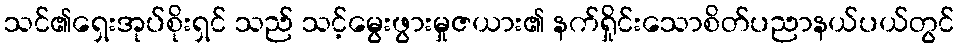
သင်၏ရှေးအုပ်စိုးရှင် သည် သင့်မွေးဖွားမှုဇယား၏ နက်ရှိုင်းသောစိတ်ပညာနယ်ပယ်တွင်